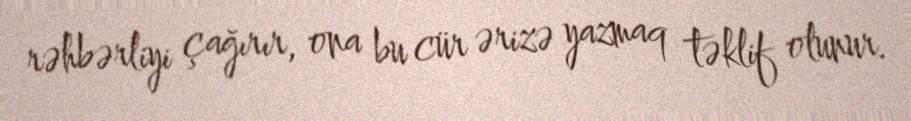
rəhbərliyi çağırır, ona bu cür ərizə yazmaq təklif olunur.